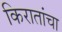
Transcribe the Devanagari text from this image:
किरातांचा